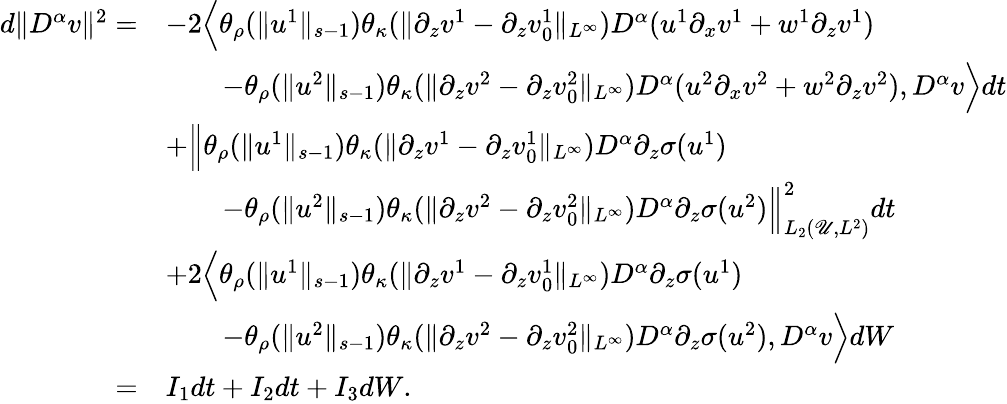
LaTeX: \begin{array}{rl}{d\| D^{\alpha}v\| ^{2}=}&{-2\Big\langle\theta_{\rho}(\| u^{1}\| _{s-1})\theta_{\kappa}(\| \partial_{z}v^{1}-\partial_{z}v_{0}^{1}\| _{L^{\infty}})D^{\alpha}(u^{1}\partial_{x}v^{1}+w^{1}\partial_{z}v^{1})}\\ &{\qquad-\theta_{\rho}(\| u^{2}\| _{s-1})\theta_{\kappa}(\| \partial_{z}v^{2}-\partial_{z}v_{0}^{2}\| _{L^{\infty}})D^{\alpha}(u^{2}\partial_{x}v^{2}+w^{2}\partial_{z}v^{2}),D^{\alpha}v\Big\rangle dt}\\ &{+\Big\| \theta_{\rho}(\| u^{1}\| _{s-1})\theta_{\kappa}(\| \partial_{z}v^{1}-\partial_{z}v_{0}^{1}\| _{L^{\infty}})D^{\alpha}\partial_{z}\sigma(u^{1})}\\ &{\qquad-\theta_{\rho}(\| u^{2}\| _{s-1})\theta_{\kappa}(\| \partial_{z}v^{2}-\partial_{z}v_{0}^{2}\| _{L^{\infty}})D^{\alpha}\partial_{z}\sigma(u^{2})\Big\| _{L_{2}(\mathscr U,L^{2})}^{2}dt}\\ &{+2\Big\langle\theta_{\rho}(\| u^{1}\| _{s-1})\theta_{\kappa}(\| \partial_{z}v^{1}-\partial_{z}v_{0}^{1}\| _{L^{\infty}})D^{\alpha}\partial_{z}\sigma(u^{1})}\\ &{\qquad-\theta_{\rho}(\| u^{2}\| _{s-1})\theta_{\kappa}(\| \partial_{z}v^{2}-\partial_{z}v_{0}^{2}\| _{L^{\infty}})D^{\alpha}\partial_{z}\sigma(u^{2}),D^{\alpha}v\Big\rangle dW}\\ {=}&{I_{1}dt+I_{2}dt+I_{3}dW.}\end{array}